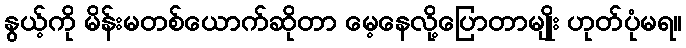
နွယ့်ကို မိန်းမတစ်ယောက်ဆိုတာ မေ့နေလို့ပြောတာမျိုး ဟုတ်ပုံမရ။